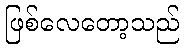
ဖြစ်လေတော့သည်